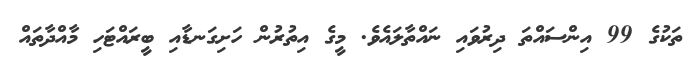
ތަކުގެ 99 އިންސައްތަ ދިރުވައި ނައްތާލައެވެ. މީގެ އިތުރުން ހަށިގަނޑާއި ބީރައްޓަހި މާއްދާތައް